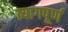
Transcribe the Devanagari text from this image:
त्यागपूर्ण